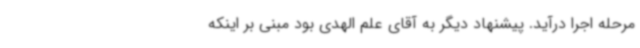
مرحله اجرا درآید. پیشنهاد دیگر به آقای علم الهدی بود مبنی بر اینکه